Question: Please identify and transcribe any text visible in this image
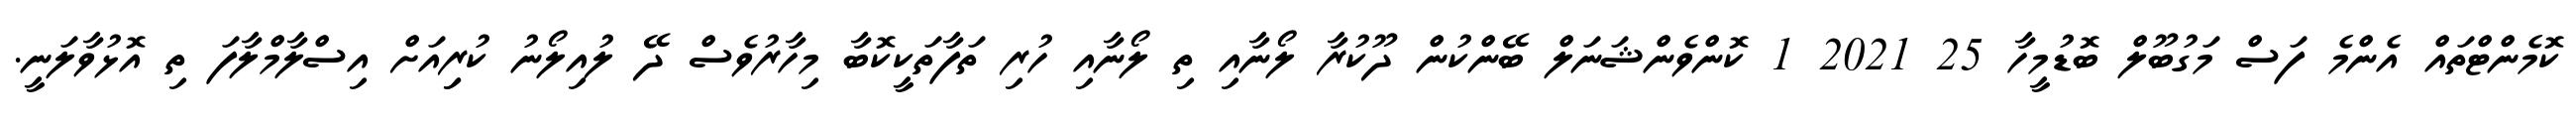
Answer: ކޮމެންޓްތައް އެންމެ ފަސް މަގުބޫލް ބޮޑުމީހާ 25 2021 1 ކޮންވެންޝަނަލް ބޭންކުން ދޫކުރާ ލޯނާއި ތި ލޯނާއި ހުރި ތަފާތަކީކޮބާ މިހާރުވެސް ދޭ ލުއިލޯނު ކުރިިއަށް އިސްލާމްލާފަ ތި އޮޅުވާލަނީ.